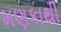
મણકાથી